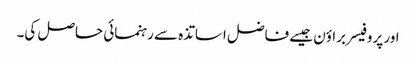
اور پروفیسر براؤن جیسے فاضل اساتذہ سے رہنمائی حاصل کی۔